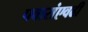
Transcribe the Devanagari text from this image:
पवारांएवढी